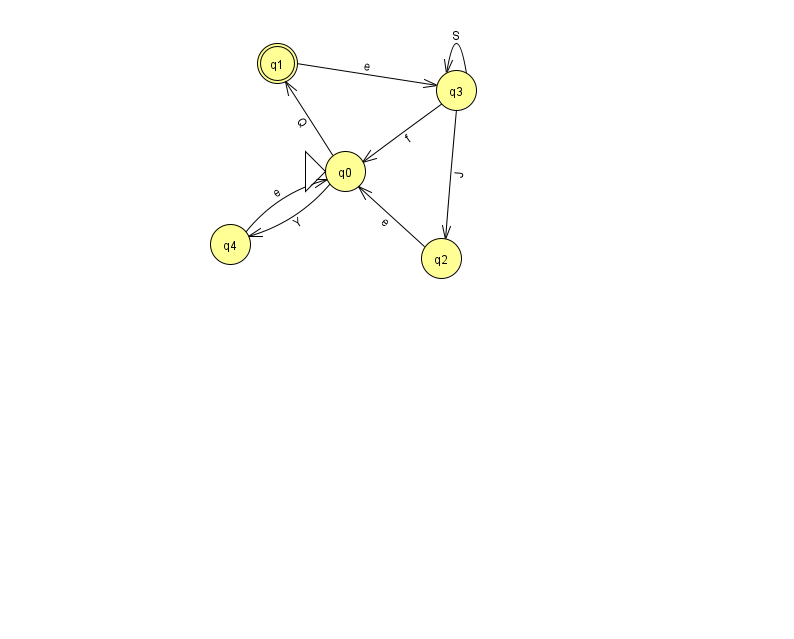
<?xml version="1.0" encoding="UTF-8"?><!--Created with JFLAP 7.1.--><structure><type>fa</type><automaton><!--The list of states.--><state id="0" name="q0"><x>345.0</x><y>158.0</y><initial/></state><state id="1" name="q1"><x>277.0</x><y>50.0</y><final/></state><state id="2" name="q2"><x>441.0</x><y>245.0</y></state><state id="3" name="q3"><x>456.0</x><y>77.0</y></state><state id="4" name="q4"><x>230.0</x><y>231.0</y></state><!--The list of transitions.--><transition><from>0</from><to>1</to><read>Q</read></transition><transition><from>3</from><to>3</to><read>S</read></transition><transition><from>4</from><to>0</to><read>e</read></transition><transition><from>1</from><to>3</to><read>e</read></transition><transition><from>3</from><to>0</to><read>f</read></transition><transition><from>2</from><to>0</to><read>e</read></transition><transition><from>0</from><to>4</to><read>Y</read></transition><transition><from>3</from><to>2</to><read>J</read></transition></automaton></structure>